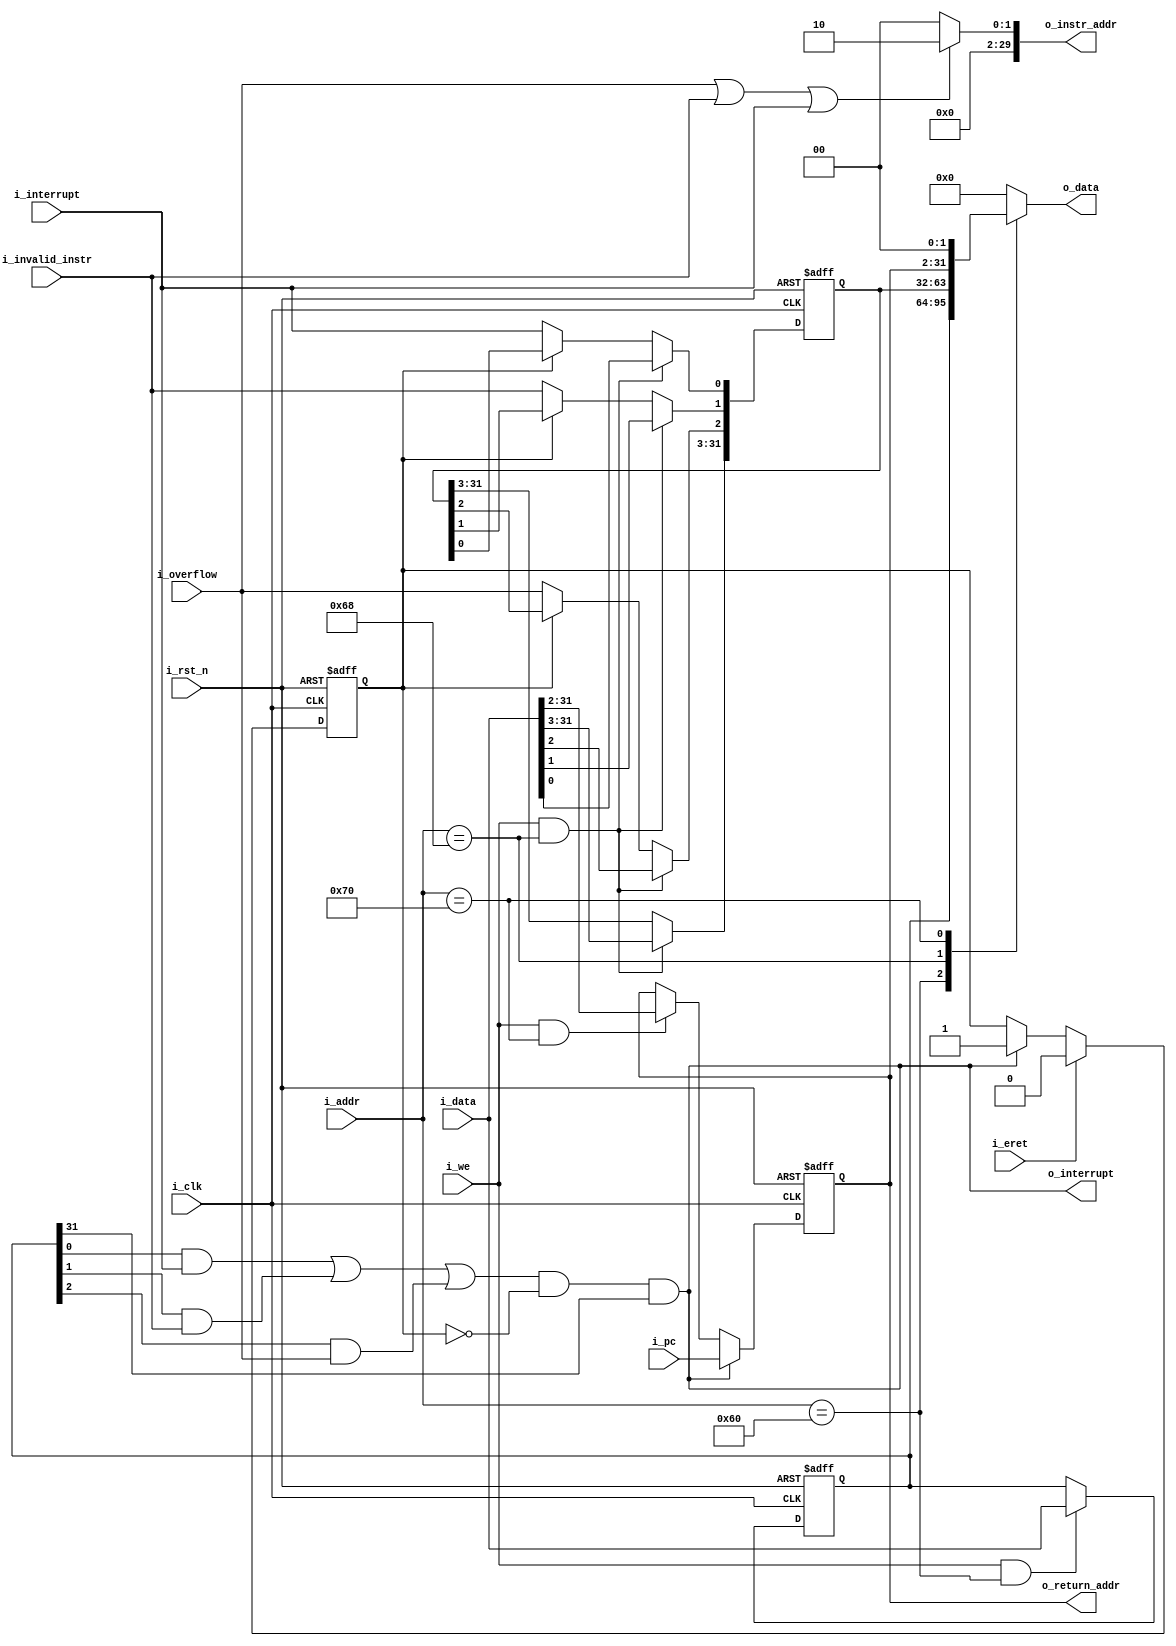
`timescale 1ns/1ps

module coproc0(
	i_clk,
	i_rst_n,
	i_we,
	i_addr,
	i_data,
	i_pc,
	i_overflow,
	i_invalid_instr,
	i_interrupt,
	i_eret,
	o_data,
	o_return_addr,
	o_instr_addr,
	o_interrupt
	);
	
input			i_clk;					
input 			i_rst_n;
input			i_we;
input 	[31:0]	i_addr;									// address for writing in coprocessor
input	[31:0]	i_data;	
input	[29:0]	i_pc;									// program counter
input			i_overflow;								// overflow exception
input			i_invalid_instr;						// invalid instruction exception
input			i_interrupt;							// external interrupt
input			i_eret;									// eret instrauction

output	reg	[31:0]	o_data;
output		[29:0]	o_return_addr;						// address for return
output	reg	[29:0]	o_instr_addr;						// address for transition
output				o_interrupt;						// interrupt was detected
//////////////////////////////////////////////////////////////////////////
//					Variables
//////////////////////////////////////////////////////////////////////////
//	31 	- global interrupt enable
//	8  	- external interrupt
//	1	- invalid instruction 
//	0 	- overflow 
reg		[31:0]	status_register;		//	mask register 						
reg 	[31:0] 	couse_register;			//	reason of the interrupt
reg 	[29:0]	epc;					//	exception programm counter

reg		we_epc;							//	write enable for epc
reg		int_proc;						//	set if exception is processed
//////////////////////////////////////////////////////////////////////////
//					Status and Couse registers
//////////////////////////////////////////////////////////////////////////
always@(posedge i_clk, negedge i_rst_n) begin
	if(!i_rst_n) begin
		status_register	<= 32'h80000007;
		couse_register	<= 0;
	end
	else begin 
		if(i_we & (i_addr == 32'h00000060)) 								// write data in staus/mask register
			status_register <= i_data;				

		if(i_we & (i_addr == 32'h00000068)) 								// write data in couse register
			couse_register <= i_data;
		else if(!int_proc)begin
			couse_register[0] <= i_interrupt;					// set if external interrupt was detected
			couse_register[1] <= i_invalid_instr;				// set if invalid instruction was detected
			couse_register[2] <= i_overflow;					// set if overflow was detected
		end	
	end
end
//////////////////////////////////////////////////////////////////////////
//					Interrupt searching
//////////////////////////////////////////////////////////////////////////
always@*begin

	we_epc =  ( ( status_register[0] & i_interrupt 	 ) |
			    ( status_register[1] & i_invalid_instr ) |
			    ( status_register[2] & i_overflow 	 )) &	//	interrupt was detected
			  ( ! int_proc ) & status_register[31]; 			
end
//////////////////////////////////////////////////////////////////////////
//					Interrupt processing
//////////////////////////////////////////////////////////////////////////
always@(posedge i_clk, negedge i_rst_n) begin
	if(!i_rst_n) 
		int_proc <= 0;
	else begin
		if(we_epc)
			int_proc <= 1;
		if(i_eret)
			int_proc <= 0;
	end
end

//////////////////////////////////////////////////////////////////////////
//					Exception program counter
//////////////////////////////////////////////////////////////////////////
always@(posedge i_clk, negedge i_rst_n) begin
	if(!i_rst_n) 
		epc	<= 0;
	else begin
		if(we_epc)
			epc <= i_pc;
		else if(i_we & (i_addr == 32'h00000070))	
			epc = i_data[31:2];
		end
end

//////////////////////////////////////////////////////////////////////////
//					Output
//////////////////////////////////////////////////////////////////////////
always@*begin
	case(i_addr)
		32'h00000060:	o_data = status_register; 
		32'h00000068:	o_data = couse_register;  
		32'h00000070:	o_data = {epc, 2'b00};
		default:		o_data = 32'h0000000;
	endcase	
end

always@*begin
	if(i_overflow|i_invalid_instr|i_interrupt)
		o_instr_addr = 30'h002;
	else
		o_instr_addr = 0;
end

assign o_return_addr = epc;
assign o_interrupt = we_epc;

endmodule